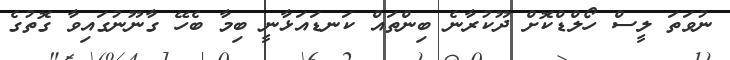
ނުވަތަ ލީސް ހޯލްޑްކޮށް ދޫކުރާނެ ބިންތައް ކަނޑައަޅާނީ ބިމާ ބެހޭ ގާނޫނުގައިވާ ގޮތުގެ